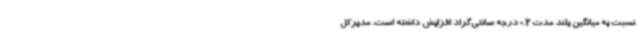
نسبت به میانگین بلند مدت 0.2 درجه سانتی‌گراد افزایش داشته است. مدیرکل